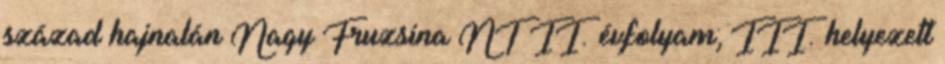
század hajnalán Nagy Fruzsina NT II. évfolyam; III. helyezett